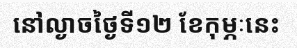
នៅល្ងាចថ្ងៃទី១២ ខែកុម្ភៈនេះ